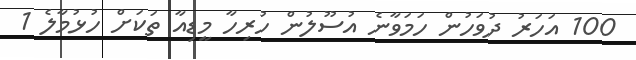
100 އަހަރު ދުވަހުން ހަމަވާނެ އުސޫލުން ހުރިހާ މީޑިއާ ތަކަށް ހުޅުމާލެ 1